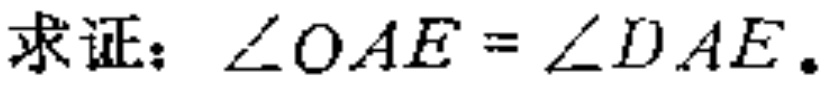
求证：\(\angle OAE = \angle DAE\).